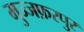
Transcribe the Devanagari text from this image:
मुज्जफ़रपुर